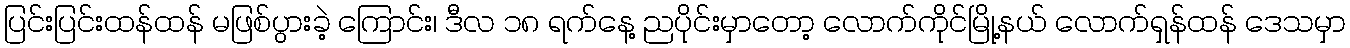
ပြင်းပြင်းထန်ထန် မဖြစ်ပွားခဲ့ ကြောင်း၊ ဒီလ ၁၈ ရက်နေ့ ညပိုင်းမှာတော့ လောက်ကိုင်မြို့နယ် လောက်ရှန်ထန် ဒေသမှာ